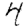
Digit: 4